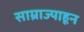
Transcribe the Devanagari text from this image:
साम्राज्याहून